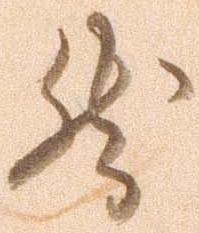
然